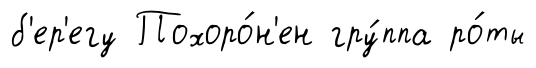
б'ер'егу Похоро́н'ен гру́ппа ро́ты